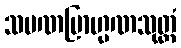
သမဏဗြာဟ္မဏသုတ္တံ